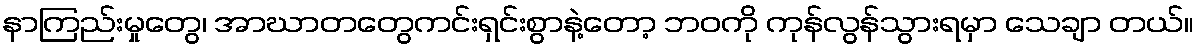
နာကြည်းမှုတွေ၊ အာဃာတတွေကင်းရှင်းစွာနဲ့တော့ ဘဝကို ကုန်လွန်သွားရမှာ သေချာ တယ်။